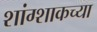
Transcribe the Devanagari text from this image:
शांग्शाकच्या